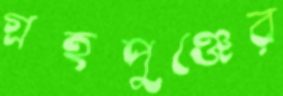
গ্রহপুঞ্জের